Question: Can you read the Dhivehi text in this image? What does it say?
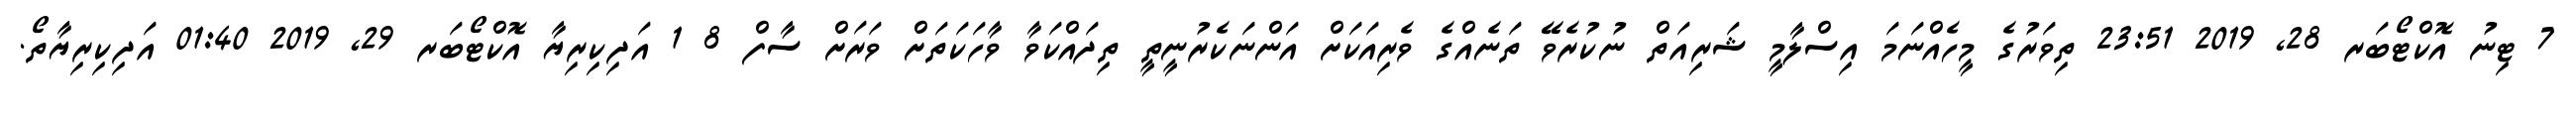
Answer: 7 ޓިނު އޮކްޓޯބަރ 28, 2019 23:51 ތިވަރުގެ މީހެއްނަމަ އިސްލާމީ ޝަރިއަތް ނުކުރެވޭ ތަނެއްގެ ވެރިއަކަށް އަންނަކެރުނީތީ ތިދައްކަވާ ވާހަކަތަށް ވަރަށް ސާފް 8 1 އަދިކިރިޔާ އޮކްޓޯބަރ 29, 2019 01:40 އަދިކިރިޔާތޯ.